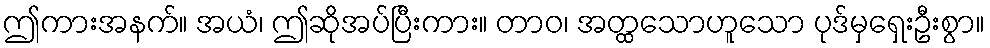
ဤကားအနက်။ အယံ၊ ဤဆိုအပ်ပြီးကား။ တာဝ၊ အတ္ထသောဟူသော ပုဒ်မှရှေးဦးစွာ။